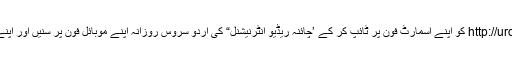
تو پھر اب دیر کس بات کی ہے جلدی سے اس دئیے ہوئے مختصر لنک http://urdu.cri.cn کو اپنے اسمارٹ فون پر ٹائپ کر کے ’چائنہ ریڈیو انٹرنیشنل“ کی اُردو سروس روزانہ اپنے موبائل فون پر سنیں اور اپنے ہردلعزیز دوست چین کی زبان،ثقافت اور تاریخ سے بھرپور واقفیت کا آغاز کریں۔